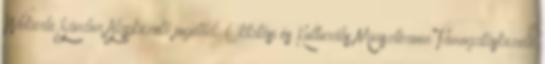
Wekerle Sándor Alapkezelő jogelőd: Oktatási és Kulturális Minisztérium Támogatáskezelő